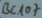
Text: BC107